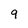
Character: 9